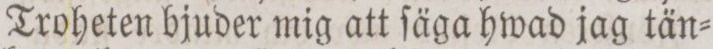
Troheten bjuder mig att ſäga hwad jag tän=